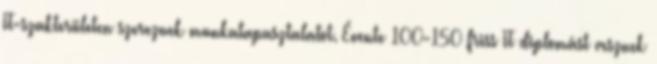
IT-szakterületen szereznek munkatapasztalatot. Évente 100-150 friss IT diplomást vesznek